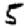
Digit: 5